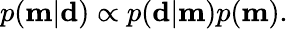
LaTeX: p(\mathbf{m}|\mathbf{d})\propto p(\mathbf{d}|\mathbf{m})p(\mathbf{m}).